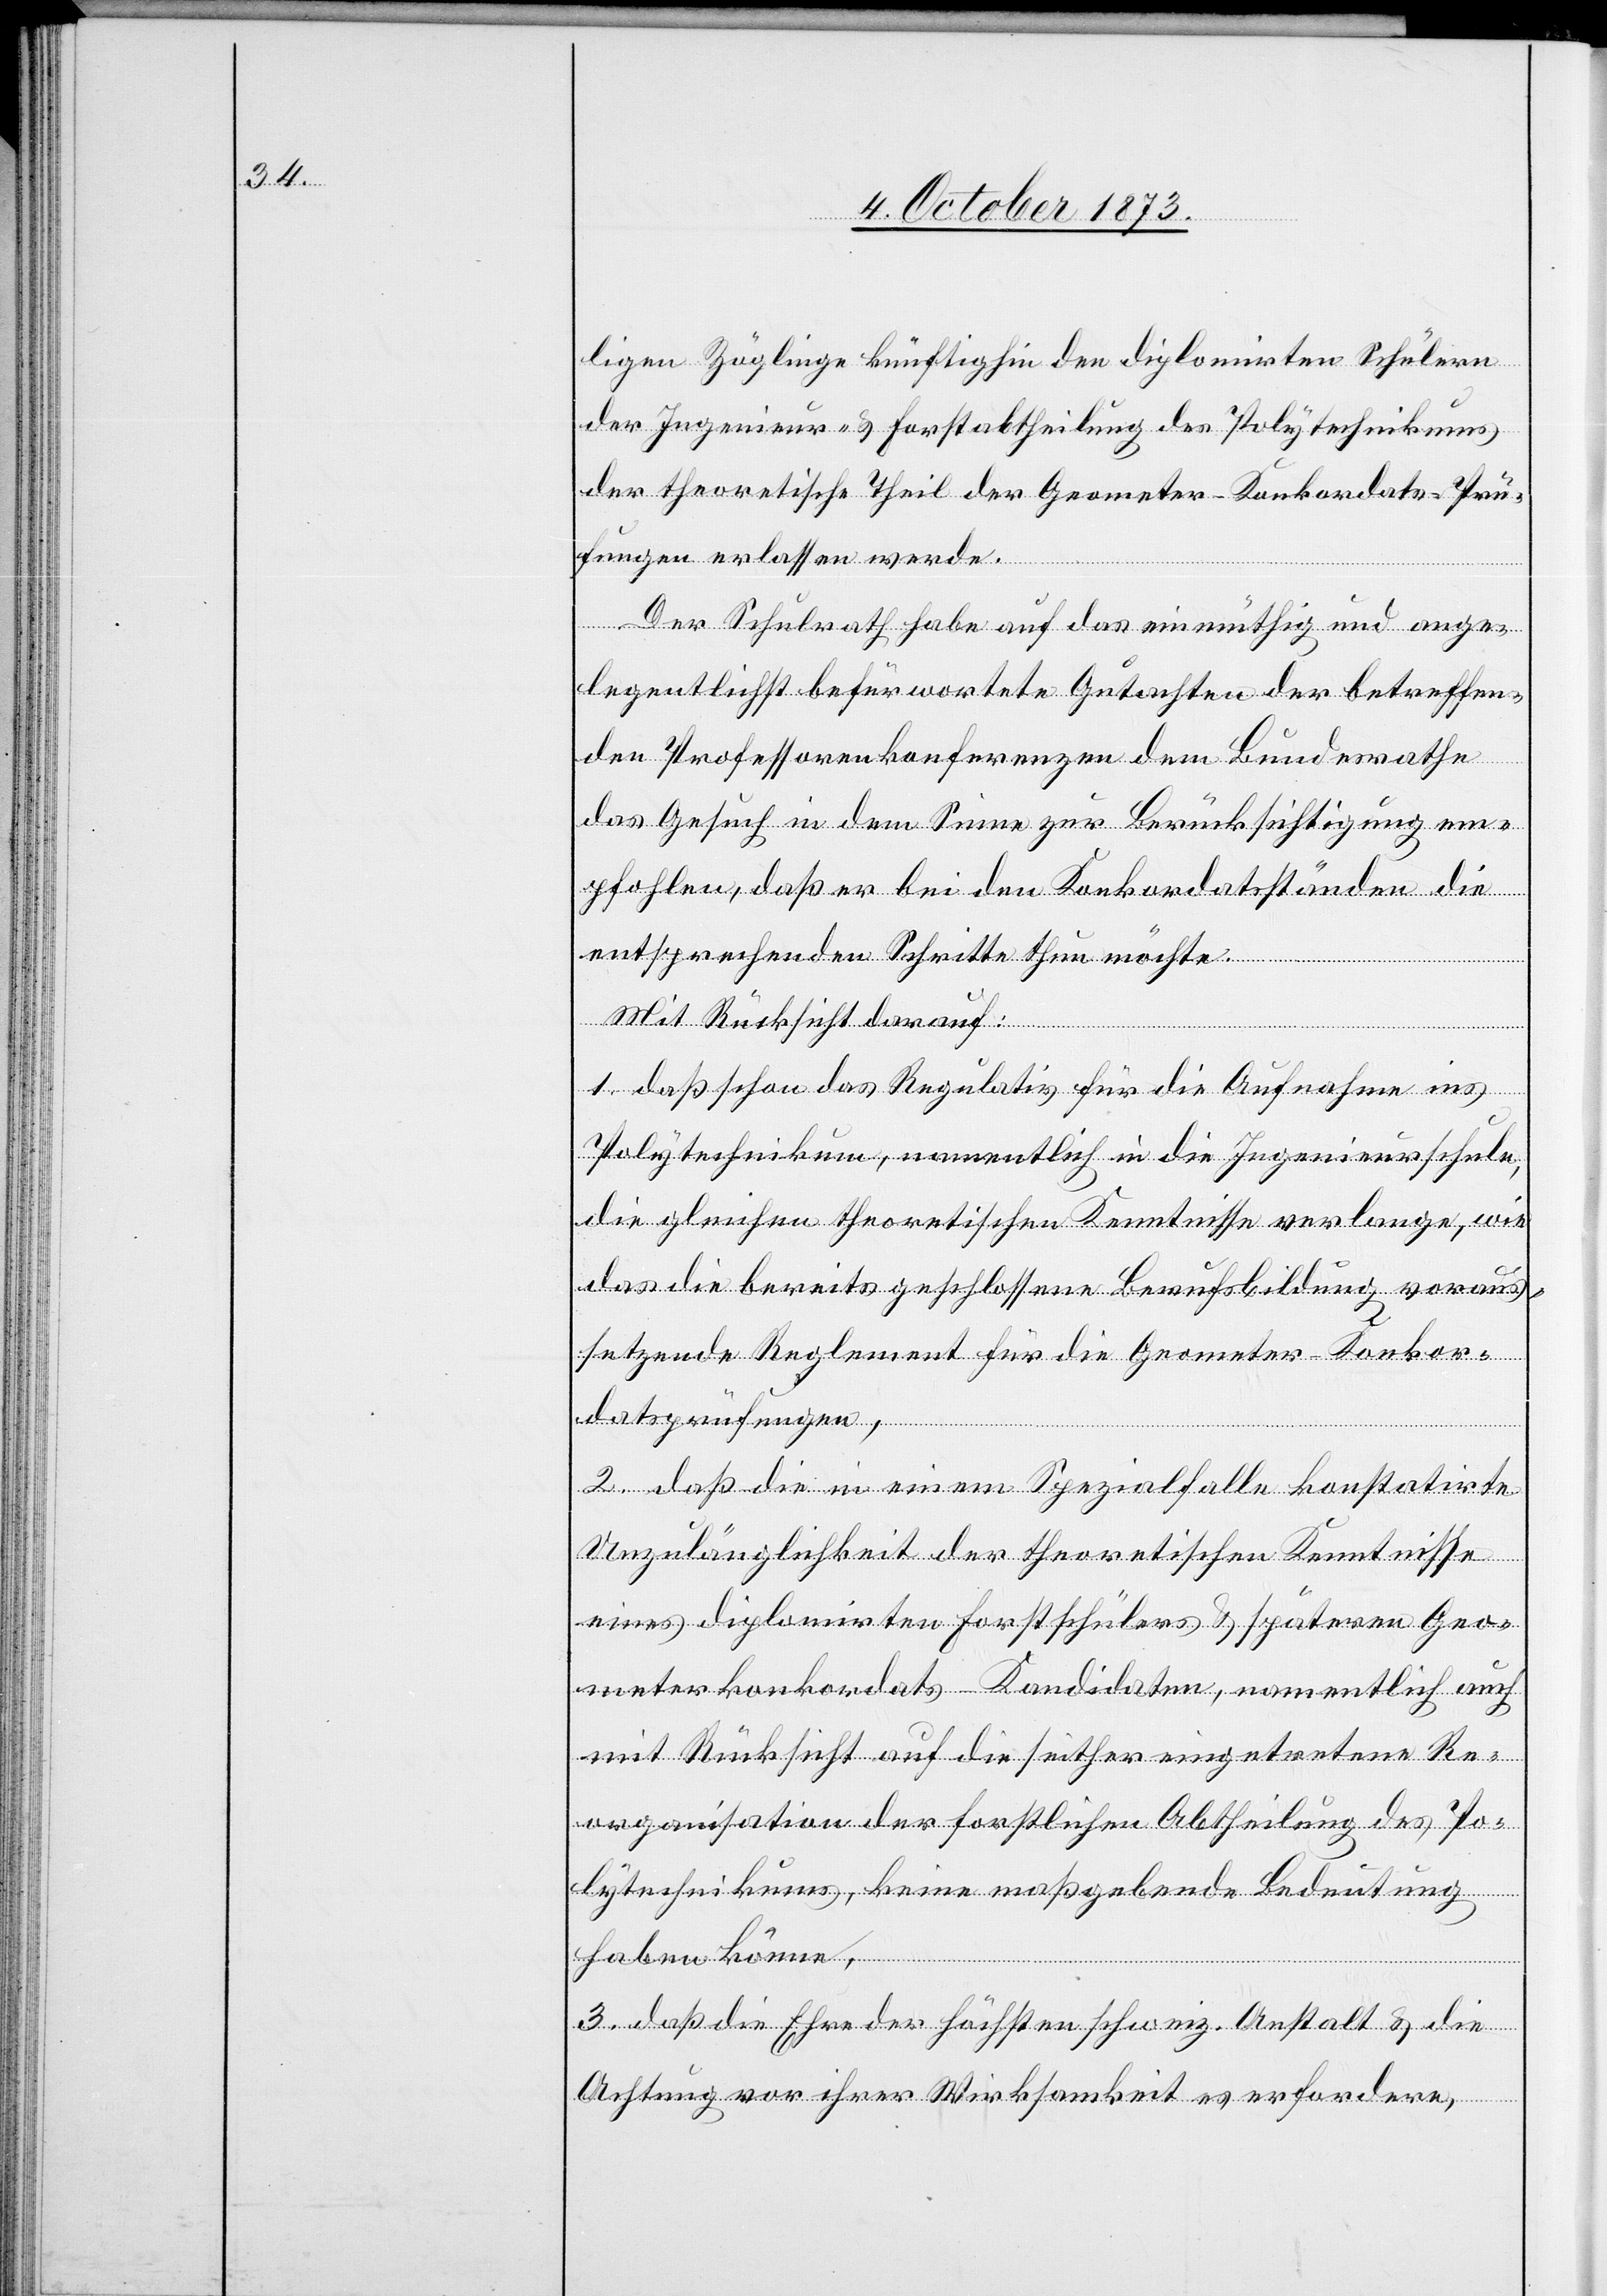
ligen Zöglinge künftighin den diplomirten Schülern
der Ingenieur- & Forstabtheilung des Polytechnikums
der theoretische Theil der Geometer-Konkordats-Prü¬
fungen erlassen werde.
Der Schulrath habe auf das einmüthig und ange¬
legentlichst befürwortete Gutachten der betreffen¬
den Professorenkonferenzen dem Bundesrathe
das Gesuch in dem Sinne zur Berücksichtigung em¬
pfohlen, daß er bei den Konkordatsständen die
entsprechenden Schritte thun möchte.
Mit Rücksicht darauf:
1. daß schon das Regulativ für die Aufnahme ins
Polytechnikum, namentlich in die Ingenieurschule,
die gleichen theoretischen Kenntnisse verlange, wie
das die bereits geschlossene Berufsbildung voraus¬
setzende Reglement für die Geometer-Konkor¬
datsprüfungen,
2. daß die in einem Spezialfalle konstatirte
Unzulänglichkeit der theoretischen Kenntnisse
eines diplomirten Forstschülers & späteren Geo¬
meterkonkordats-Kandidaten, namentlich auch
mit Rücksicht auf die seither eingetretene Re¬
organisation der forstlichen Abtheilung des Po¬
lytechnikums, keine maßgebende Bedeutung
haben könne,
3. daß die Ehre der höchsten schweiz. Anstalt & die
Achtung vor ihrer Wirksamkeit es erfordere,